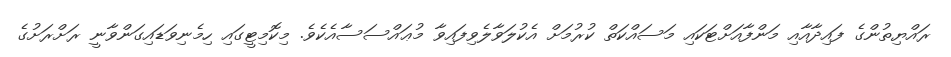
ރައްޔިތުންގެ ފައިދާއާއި މަންފާއަށްޓަކައި މަސައްކަތް ކުރުމަށް އެކުލަވާލެވިފައިވާ މުޢައްސަސާއެކެވެ. މިކޮމިޓީގައި ހިމެނިވަޑައިގަންވާނީ ރަށްރަށުގެ